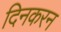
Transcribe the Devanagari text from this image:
दिनकरन